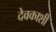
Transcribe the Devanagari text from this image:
देवकाशी